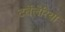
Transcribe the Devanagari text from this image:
टर्बेलेरिया